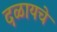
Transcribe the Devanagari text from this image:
दळायचे